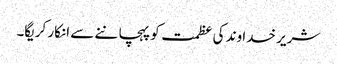
شریر خدا وند کی عظمت کو پہچا ننے سے انکار کریگا۔